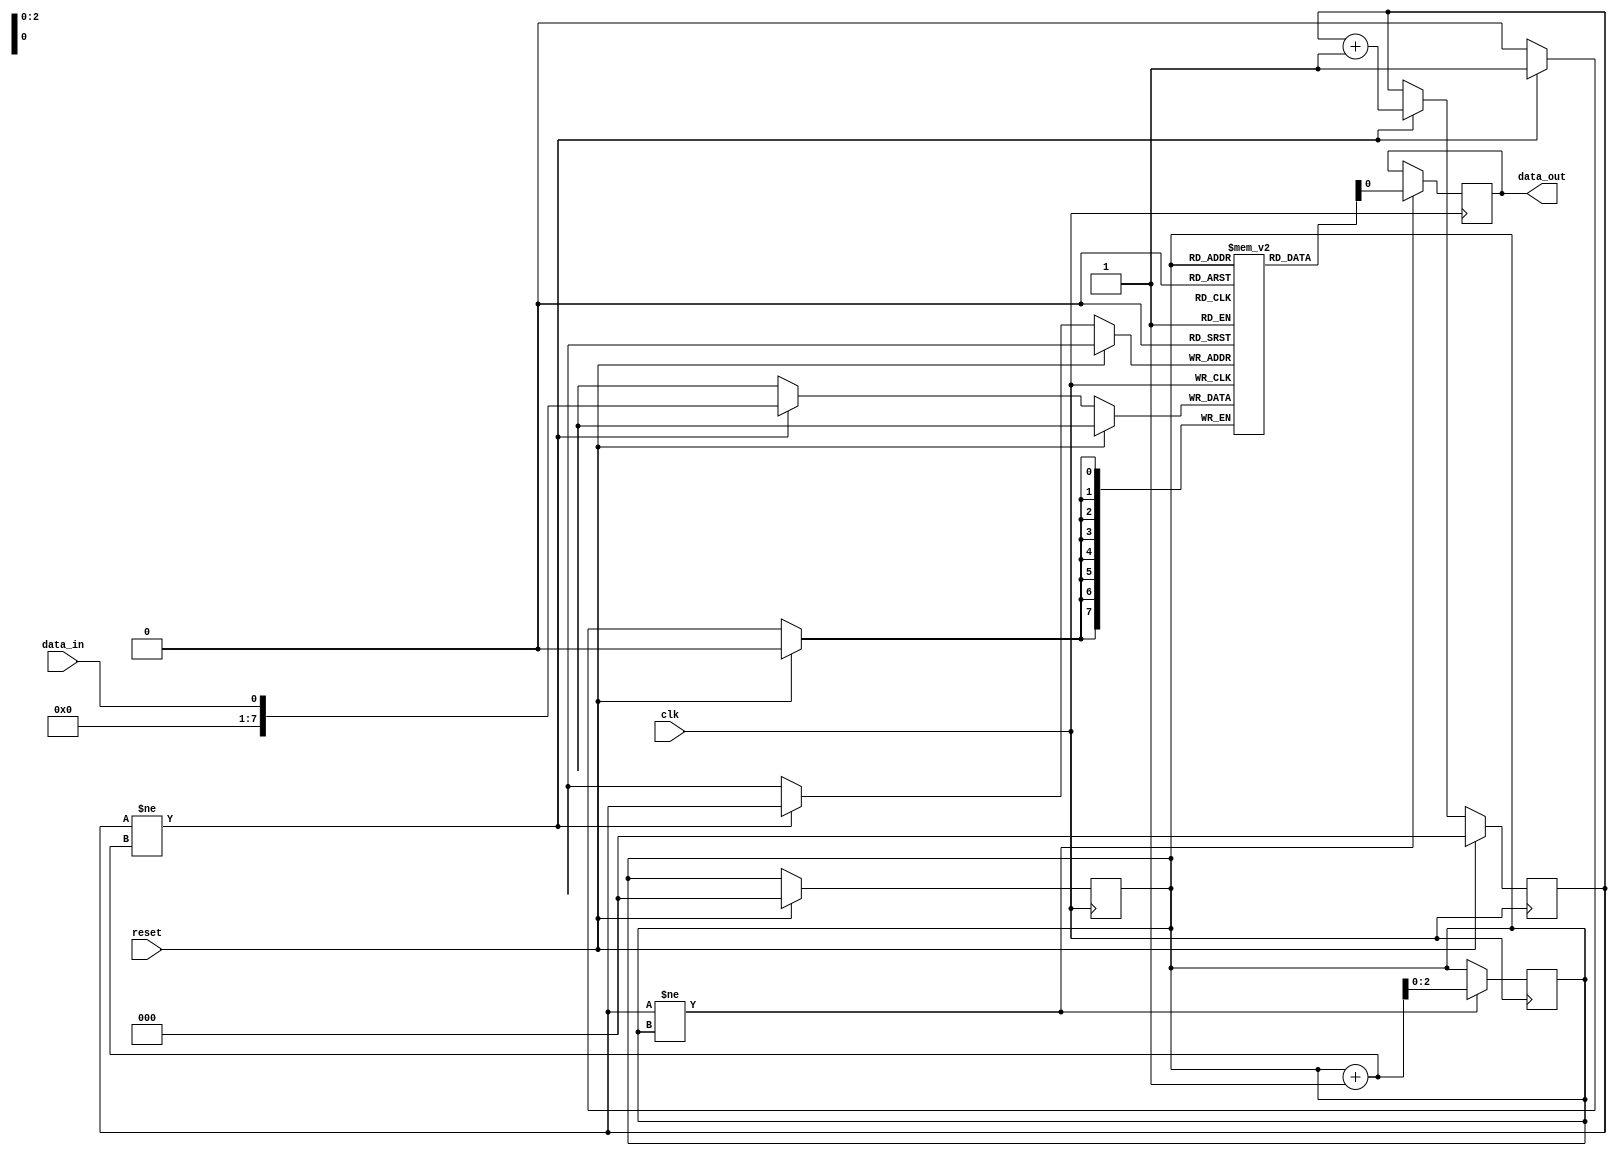
module edge_sensitive_fifo(
    input wire clk,
    input wire reset,
    input wire data_in,
    output reg data_out
);

reg [7:0] fifo_buffer [0:7];
reg [2:0] read_ptr, write_ptr;

always @(posedge clk) begin
    if(reset) begin
        read_ptr <= 0;
        write_ptr <= 0;
    end else begin
        if(write_ptr != read_ptr + 1) begin
            fifo_buffer[write_ptr] <= data_in;
            write_ptr <= write_ptr + 1;
        end
    end
end

always @(posedge clk) begin
    if(write_ptr != read_ptr) begin
        data_out <= fifo_buffer[read_ptr];
        read_ptr <= read_ptr + 1;
    end
end

endmodule